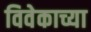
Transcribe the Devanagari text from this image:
विवेकाच्या